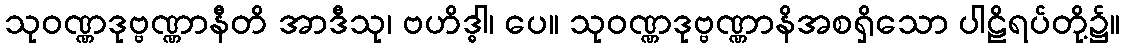
သုဝဏ္ဏဒုဗ္ဗဏ္ဏာနီတိ အာဒီသု၊ ဗဟိဒ္ဓါ၊ ပေ။ သုဝဏ္ဏဒုဗ္ဗဏ္ဏာနိအစရှိသော ပါဠိရပ်တို့၌။